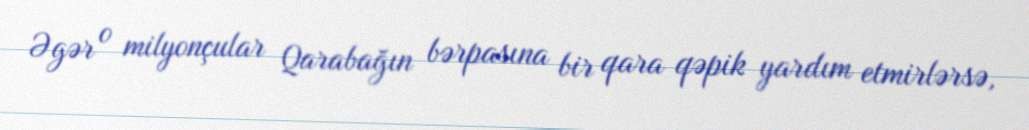
Əgər o milyonçular Qarabağın bərpasına bir qara qəpik yardım etmirlərsə,